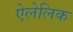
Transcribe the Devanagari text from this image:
ऐलेलिक